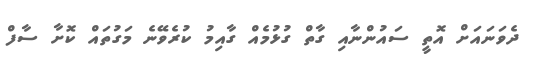
ދެވަނައަށް އޮތީ ސައުންނާއި ގާތް ގުޅުމެއް ގާއިމު ކުރެވޭނެ މަގުތައް ކޮށާ ސާފް